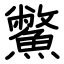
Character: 鱉